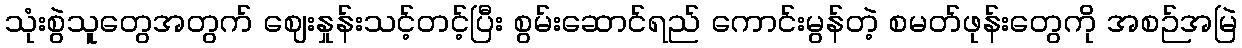
သုံးစွဲသူတွေအတွက် ဈေးနှုန်းသင့်တင့်ပြီး စွမ်းဆောင်ရည် ကောင်းမွန်တဲ့ စမတ်ဖုန်းတွေကို အစဉ်အမြဲ